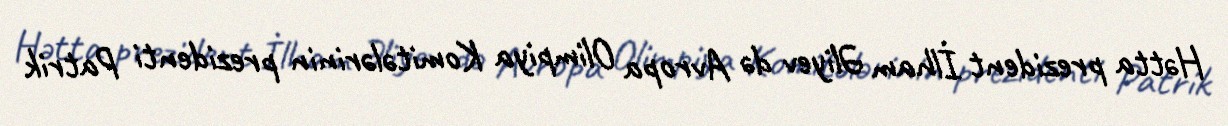
Hətta prezident İlham Əliyev də Avropa Olimpiya Komitələrinin prezidenti Patrik